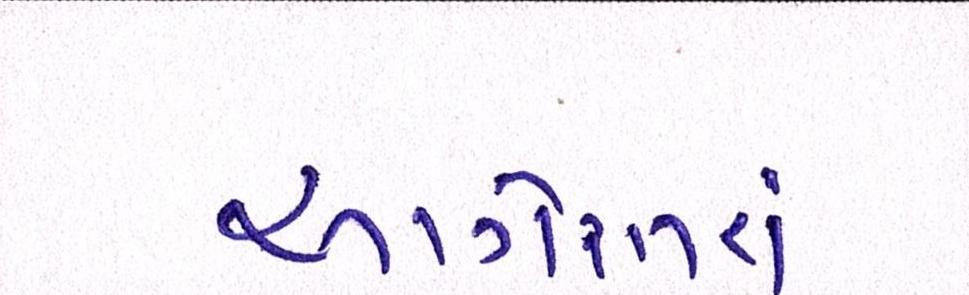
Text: આગોતરાં